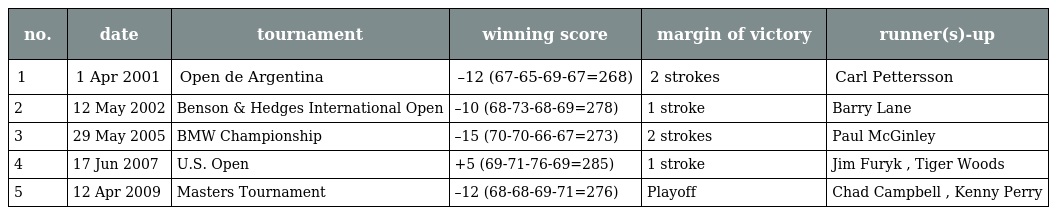
| no. | date | tournament | winning score | margin of victory | runner(s)-up |
 | --- | --- | --- | --- | --- | --- |
 | 1 | 1 Apr 2001 | Open de Argentina | –12 (67-65-69-67=268) | 2 strokes | Carl Pettersson |
 | 2 | 12 May 2002 | Benson & Hedges International Open | –10 (68-73-68-69=278) | 1 stroke | Barry Lane |
 | 3 | 29 May 2005 | BMW Championship | –15 (70-70-66-67=273) | 2 strokes | Paul McGinley |
 | 4 | 17 Jun 2007 | U.S. Open | +5 (69-71-76-69=285) | 1 stroke | Jim Furyk , Tiger Woods |
 | 5 | 12 Apr 2009 | Masters Tournament | –12 (68-68-69-71=276) | Playoff | Chad Campbell , Kenny Perry |